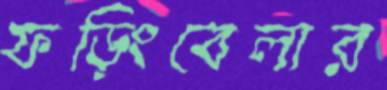
ফড়িংবেলার